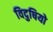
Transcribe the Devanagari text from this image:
विदुषियो